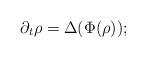
LaTeX: \begin{align*} \partial_t \rho = \Delta(\Phi(\rho));\end{align*}